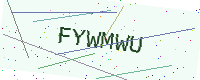
Text: FYWMWU